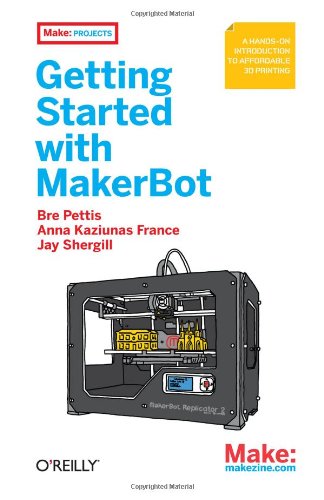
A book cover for Make: Getting Started with MakerBot; Bre Pettis; Computers & Technology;